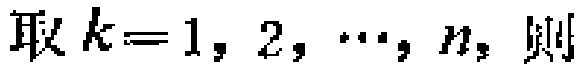
取 \(k = 1, 2, \cdots, n\)，则